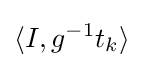
\langle I,g^{-1}t_{k}\rangle